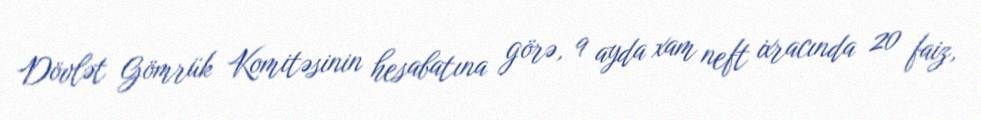
Dövlət Gömrük Komitəsinin hesabatına görə, 9 ayda xam neft ixracında 20 faiz,